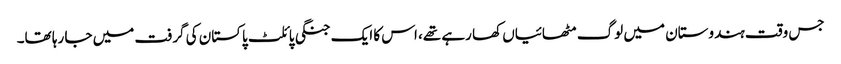
جس وقت ہندوستان میں لوگ مٹھائیاں کھا رہے تھے، اس کا ایک جنگی پائلٹ پاکستان کی گرفت میں جا رہا تھا۔